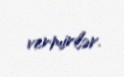
vermirlər.